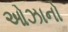
ઓઝાનો